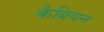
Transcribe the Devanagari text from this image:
कैब्रियन